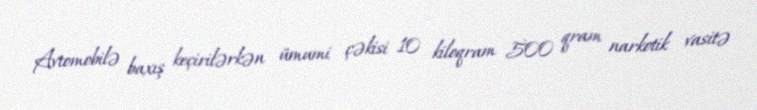
Avtomobilə baxış keçirilərkən ümumi çəkisi 10 kiloqram 500 qram narkotik vasitə